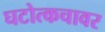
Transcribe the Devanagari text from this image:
घटोत्कचावर